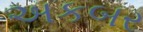
અકબર